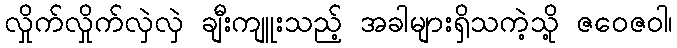
လှိုက်လှိုက်လှဲလှဲ ချီးကျူးသည့် အခါများရှိသကဲ့သို့ ဇဝေဇဝါ၊